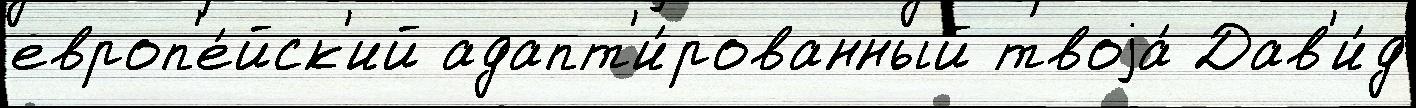
европ'е́йск'ий адапт'и́рованный твоjа́ Дав'и́д